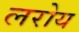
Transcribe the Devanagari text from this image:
लरोय